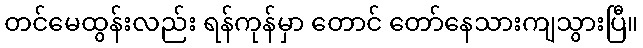
တင်မေထွန်းလည်း ရန်ကုန်မှာ တောင် တော်နေသားကျသွားပြီ။